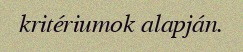
kritériumok alapján.